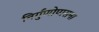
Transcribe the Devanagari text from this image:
निर्गुणोपासना